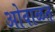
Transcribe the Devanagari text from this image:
ओवाळत